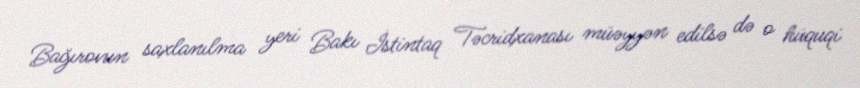
Bağırovun saxlanılma yeri Bakı İstintaq Təcridxanası müəyyən edilsə də o hüquqi